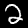
Digit: 2